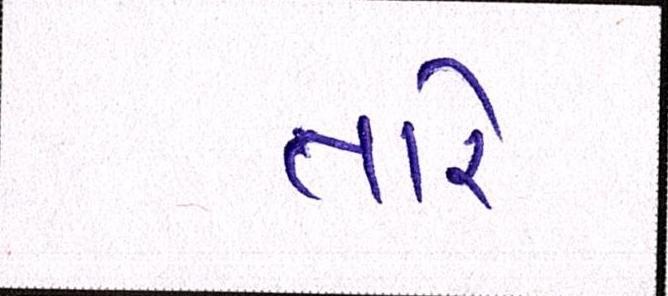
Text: તારે